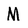
Character: M